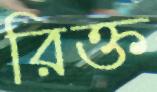
রিক্ত